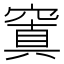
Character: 窴